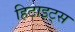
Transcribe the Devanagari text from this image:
हिटाइट्स